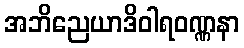
အဘိညေယာဒိဝါရဝဏ္ဏနာ